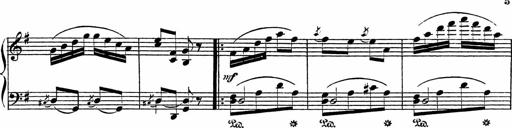
Title: Piano Sonatinas
Composer: Charles Fradel